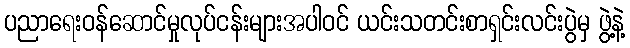
ပညာရေးဝန်ဆောင်မှုလုပ်ငန်းများအပါဝင် ယင်းသတင်းစာရှင်းလင်းပွဲမှ ဖွဲ့နဲ့